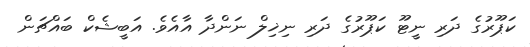
ކަޕޫރުގެ ދަރި ނީޓޫ ކަޕޫރުގެ ދަރި ނިޚިލް ނަންދާ އާއެވެ. އަބީޝެކް ބައްޗަން